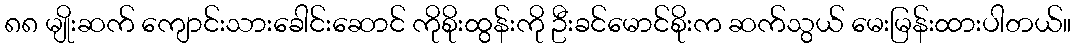
၈၈ မျိုးဆက် ကျောင်းသားခေါင်းဆောင် ကိုစိုးထွန်းကို ဦးခင်မောင်စိုးက ဆက်သွယ် မေးမြန်းထားပါတယ်။